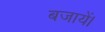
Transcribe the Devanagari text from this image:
बजायें।